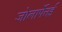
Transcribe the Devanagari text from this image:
जोलार्पेत्तई